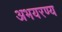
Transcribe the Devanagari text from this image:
अभयरण्य